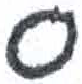
אות: ס